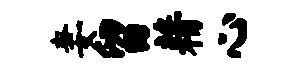
妻留藉心